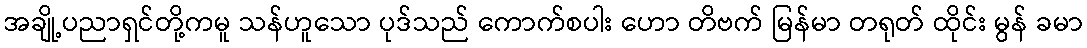
အချို့ပညာရှင်တို့ကမူ သန်ဟူသော ပုဒ်သည် ကောက်စပါး ဟော တိဗက် မြန်မာ တရုတ် ထိုင်း မွန် ခမာ